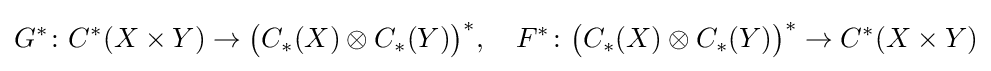
G^{*}\colon C^{*}(X\times Y)\rightarrow {\big (}C_{*}(X)\otimes C_{*}(Y){\big )}^{*},\quad F^{*}\colon {\big (}C_{*}(X)\otimes C_{*}(Y){\big )}^{*}\rightarrow C^{*}(X\times Y)